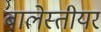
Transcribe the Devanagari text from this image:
बालेस्तीयर